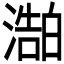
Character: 𬈻